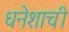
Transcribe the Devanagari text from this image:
धनेशाची